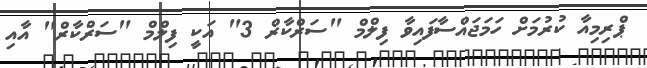
ޕްރިމިއާ ކުރުމަށް ހަމަޖައްސާފައިވާ ފިލްމް "ސަރްކާރް 3" އަކީ ފިލްމް "ސަރްކާރް" އާއި